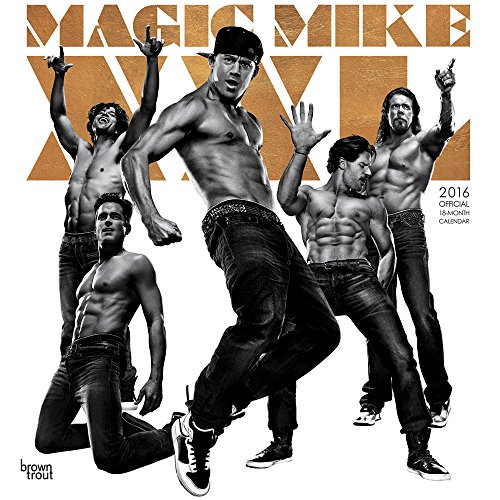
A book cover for Magic Mike XXL 2016 Square 12x12; BrownTrout Publishers; Arts & Photography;